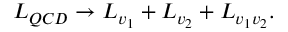
{ \cal L } _ { Q C D } \rightarrow { \cal L } _ { v _ { 1 } } + { \cal L } _ { v _ { 2 } } + { \cal L } _ { v _ { 1 } v _ { 2 } } .